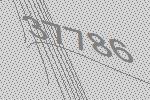
37786